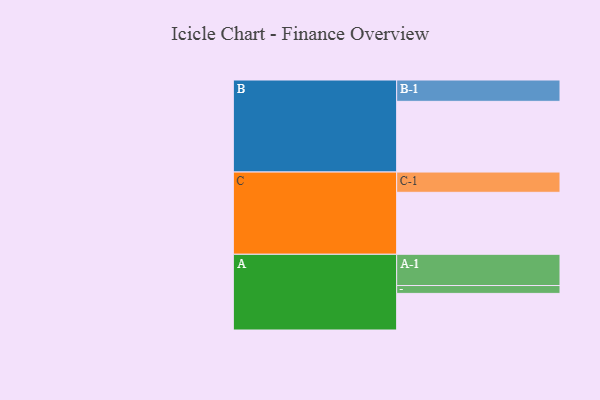
{"axis": {"x": "Segment", "y": "Value"}, "legend": ["", "A", "B", "C"], "data": [{"x": "A", "y": 307, "type": ""}, {"x": "B", "y": 593, "type": ""}, {"x": "C", "y": 520, "type": ""}, {"x": "A-1", "y": 262, "type": "A"}, {"x": "A-2", "y": 66, "type": "A"}, {"x": "B-1", "y": 179, "type": "B"}, {"x": "C-1", "y": 170, "type": "C"}]}